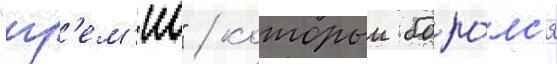
"гр'ем'ио" / которыи боро́лс'я